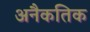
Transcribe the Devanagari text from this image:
अनैकतिक